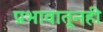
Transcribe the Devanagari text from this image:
प्रभावातूनही